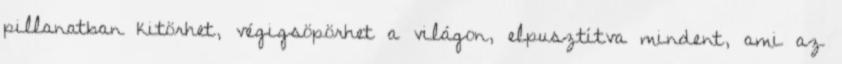
pillanatban kitörhet, végigsöpörhet a világon, elpusztítva mindent, ami az